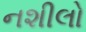
નશીલો